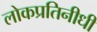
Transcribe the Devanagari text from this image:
लोकप्रतिनीधी